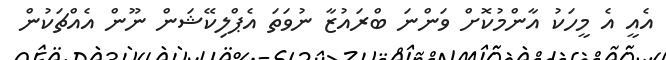
އެއީ އެ މީހަކު އާންމުކޮށް ވަންނަ ބްރައުޒާ ނުވަތަ އެޕްލިކޭޝަން ނޫން އެއްޗަކުން